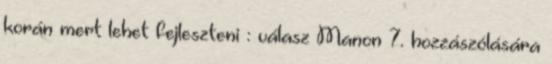
korán mert lehet fejleszteni : válasz Manon 7. hozzászólására